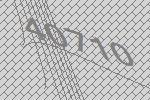
40710